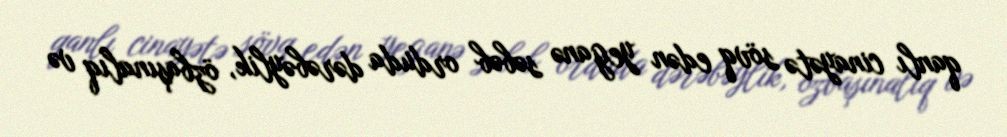
qanlı cinayətə sövq edən yeganə səbəb orduda dərəbəylik, özbaşınalıq və